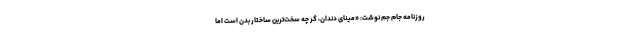
روزنامه جام جم نوشت: «مینای دندان، گر چه سخت‌ترین ساختار بدن است اما